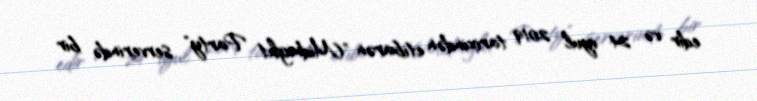
edir və 24 iyul 2019 tarixindən etibarən "Midnight Party" serverində bir